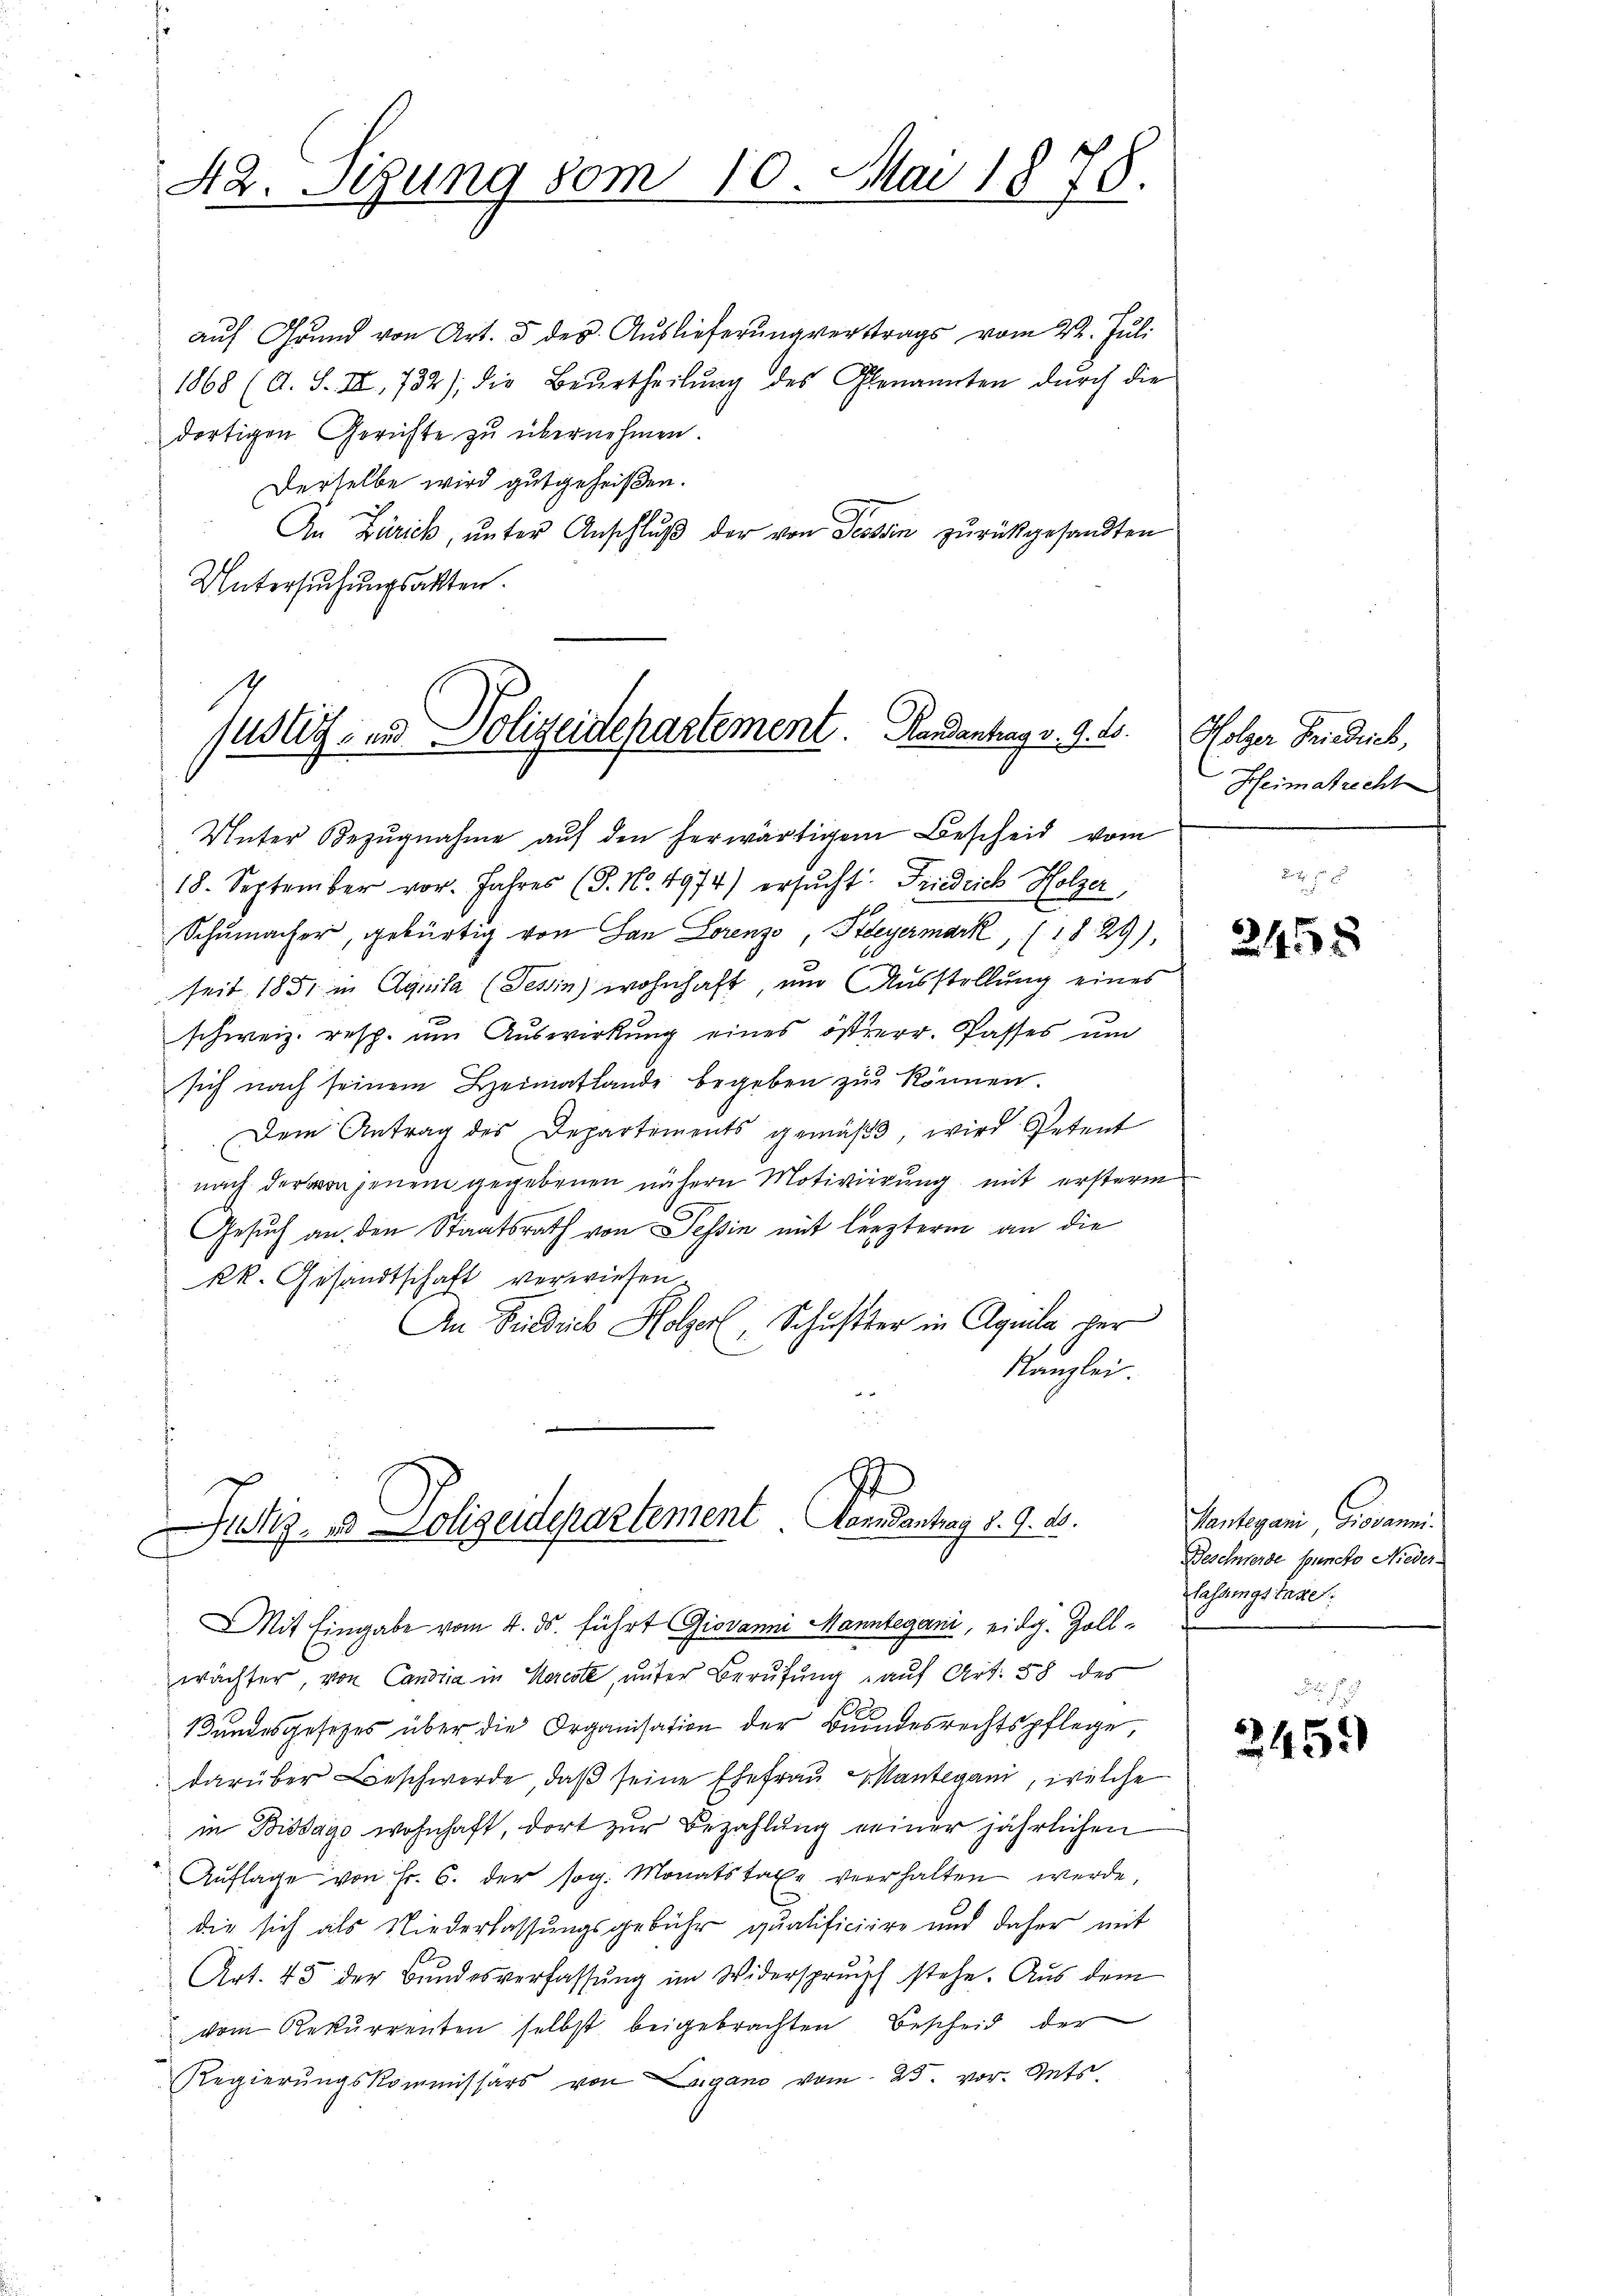
42. Stung vom 10. Mai 1878.

aŭf Grund von Art. 5 des Aŭslieferŭng verstrags vom 22. Jŭli
1868 (A. S. III, 732); die Beurtheilŭng des Glenannten dŭrch die
dortigen Gerichte zu übernehmen.
Derselbe wird gutgeheißen.
An Zürich, ŭnter Anschlŭβ der von Tessin zŭrückgesandten
Untersuchungsakten.

justiz- und Polizeidepartement. Handantrag v. 9. 20. Folger Friedrich,

Unter Bezŭgnahme aŭf den herwärtigem Bescheid vom
18. September vor. Jahres (S. Nr. 4974) ersŭcht Friedrich Holzer,
16
Schumacher, gebürtig von San Lorenz Meyermark, (1829),
seit 1851 in Aquila (Tessin) wohnhaft, und Ausstellung eines
schweiz. resp. um Auswirkung eines österr. Passes um
sich nach seinem Heimatlande begeben zŭ können.
Dem Antrag des Departements gemäβt, wird Petent
nach der von jenem gegebenen nähern Motivierung mit ersterm
Gesuch an den Staatsrath von Tessin mit lezterm an die
kk. Gesandtschaft verwiesen
An Friedrich Holzer, Schuster in Agrila, per
Kanzlei.

t
Justiz, 23 Olizeidepartement. Mandantrag 8. 9. ds.
Mit Eingabe vom 4. ds. führt Giovanni Manntegani, eidg. Zoll-

wächter, von Candia in Korecte, unter Berufung auf Art. 58 des
Bundesgesetzes über die Organisation der Bundesrechtspflege,
darüber Beschwerde, daβ seine Ehefrau antegani, welche
in Bissago wohnhaft, dort zŭr Bezahlŭng seiner jährlichen
Aŭflage von Fr. 6. der sog. Monatstaxe verhalten werde,
die sich als Niederlassungsgebühr qualificiere und daher mit
Art. 45 der Bŭndesverfassŭng im Widerspruch stehe. Aus dem
vom Rekurrenten selbst beigebrachten Bescheid der
Regierungskommissärs von Lugano vom 25. vor. Stets

Heimatrecht

2458

Santegani Giovanni.
Beschwerde spuncto Niederlassungstage.

245.